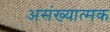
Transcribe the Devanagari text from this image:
असंख्यात्मक